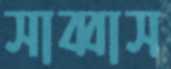
সাব্বাস